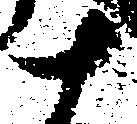
十